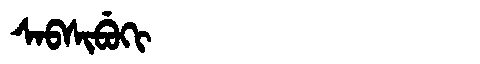
Manchu: ᠰᠠᠪᠰᡳᠪᡠᡴᡳ
Romanization: SABSIBUKI